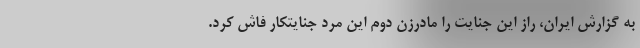
به گزارش ایران، راز این جنایت را مادرزن دوم این مرد جنایتکار فاش کرد.